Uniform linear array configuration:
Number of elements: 12
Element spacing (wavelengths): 0.5
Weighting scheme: cosine
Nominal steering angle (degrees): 60
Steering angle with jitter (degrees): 61.485
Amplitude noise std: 0.05
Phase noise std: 0.05

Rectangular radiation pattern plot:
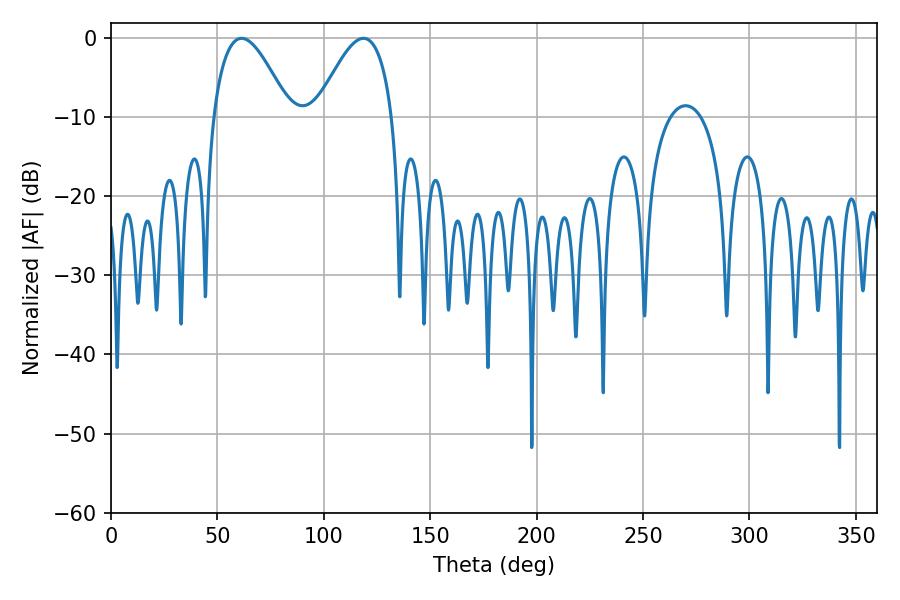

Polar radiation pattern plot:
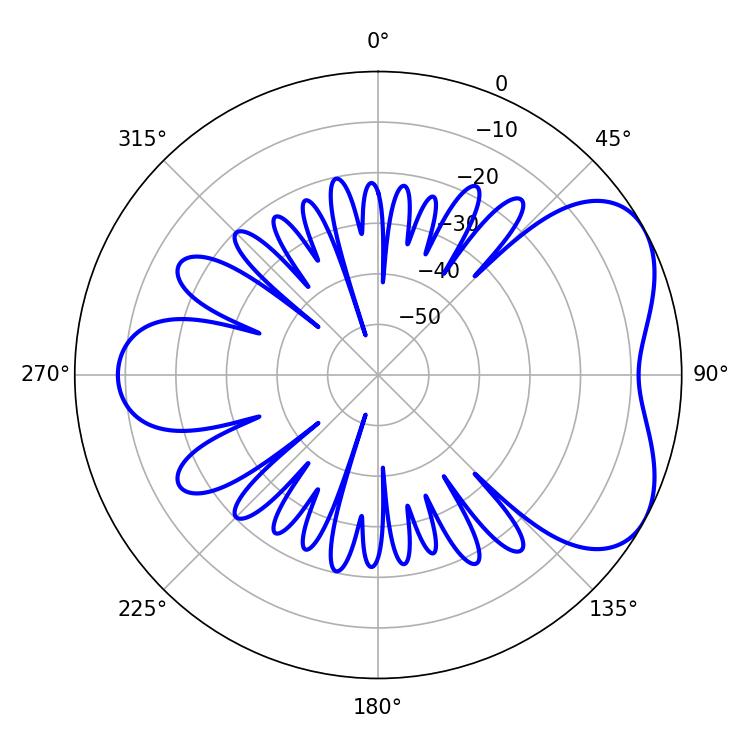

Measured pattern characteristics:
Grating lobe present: FALSE
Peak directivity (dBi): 5.078
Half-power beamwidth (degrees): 19.44
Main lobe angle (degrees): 61.38